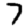
Digit: 7